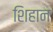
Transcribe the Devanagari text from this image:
शिहान